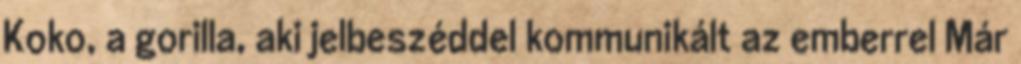
Koko, a gorilla, aki jelbeszéddel kommunikált az emberrel Már